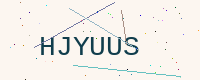
Text: HJYUUS